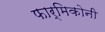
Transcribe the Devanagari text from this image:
फार्मिकोनी